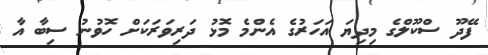
ފޭދޫ ސްކޫލްގެ މިދިޔަ އަހަރުގެ އެންމެ މޮޅު ދަރިވަރަކަށް ހޮވުނު ސިބާ އާ